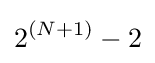
2^{(N+1)}-2